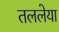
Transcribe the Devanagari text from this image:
तललेया